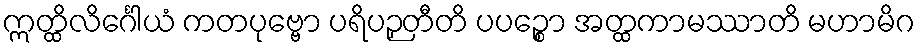
ဣတ္ထိလိင်္ဂေါယံ ကတပုဗ္ဗော ပရိပဉှတီတိ ပပဉ္စော အတ္ထကာမဿာတိ မဟာမိဂ